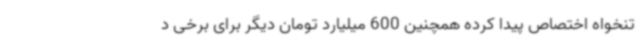
تنخواه اختصاص پیدا کرده همچنین 600 میلیارد تومان دیگر برای برخی د